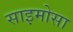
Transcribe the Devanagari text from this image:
साइमोसा